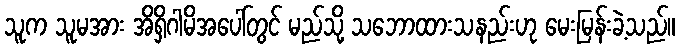
သူက သူမအား အိရှိဂါမိအပေါ်တွင် မည်သို့ သဘောထားသနည်းဟု မေးမြန်းခဲ့သည်။